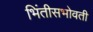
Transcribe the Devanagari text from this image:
भिंतीसभोवती